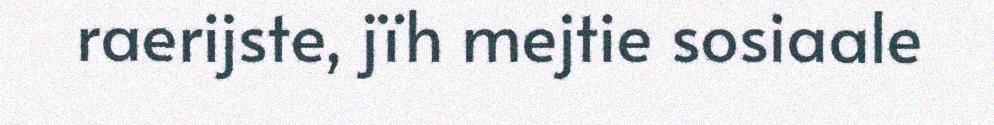
raerijste, jïh mejtie sosiaale